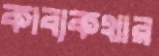
কাব্যকথার